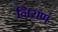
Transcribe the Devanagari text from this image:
निराणं